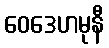
ဝေဒေဟမုနီ